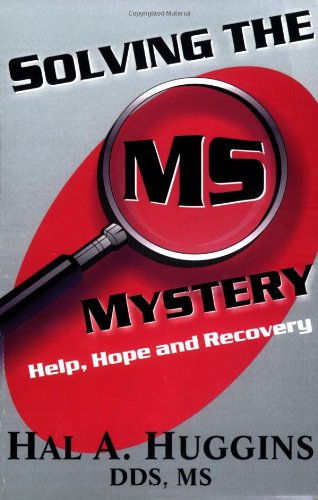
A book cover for Solving the MS Mystery: Help, Hope and Recovery; Hal A. Huggins; Health, Fitness & Dieting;